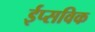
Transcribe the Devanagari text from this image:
ईप्सविक